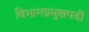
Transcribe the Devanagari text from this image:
विभागप्रमुखपदी